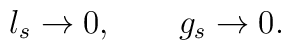
l_s \rightarrow 0, \qquad g_s \rightarrow 0.